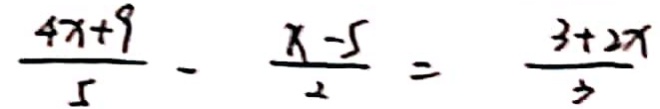
\frac { 4 x + 9 } { 5 } - \frac { x - 5 } { 2 } = \frac { 3 + 2 x } { 3 }